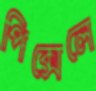
পিক্সেলে